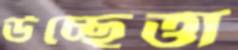
উচ্ছেত্তা